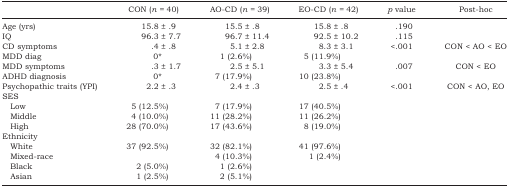
|  | CON (n =40) | AO-CD (n =39) | EO-CD (n =42) | p value | Post-hoc |
 | --- | --- | --- | --- | --- | --- |
 | Age (yrs) | 15.8 ± .9 | 15.5 ± .8 | 15.8 ± .8 | .190 |  |
 | IQ | 96.3 ± 7.7 | 96.7 ± 11.4 | 92.5 ± 10.2 | .115 |  |
 | CD symptoms | .4 ± .8 | 5.1 ± 2.8 | 8.3 ± 3.1 | <.001 | CON < AO < EO |
 | MDD diag | 0* | 1 (2.6%) | 5 (11.9%) |  |  |
 | MDD symptoms | .3 ± 1.7 | 2.5 ± 5.1 | 3.3 ± 5.4 | .007 | CON < EO |
 | ADHD diagnosis | 0* | 7 (17.9%) | 10 (23.8%) |  |  |
 | Psychopathic traits (YPI) | 2.2 ± .3 | 2.4 ± .3 | 2.5 ± .4 | <.001 | CON < AO, EO |
 | <COLSPAN=6> SES |
 | Low | 5 (12.5%) | 7 (17.9%) | 17 (40.5%) |  |  |
 | Middle | 4 (10.0%) | 11 (28.2%) | 11 (26.2%) |  |  |
 | High | 28 (70.0%) | 17 (43.6%) | 8 (19.0%) |  |  |
 | <COLSPAN=6> Ethnicity |
 | White | 37 (92.5%) | 32 (82.1%) | 41 (97.6%) |  |  |
 | Mixed-race |  | 4 (10.3%) | 1 (2.4%) |  |  |
 | Black | 2 (5.0%) | 1 (2.6%) |  |  |  |
 | Asian | 1 (2.5%) | 2 (5.1%) |  |  |  |